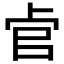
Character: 𱑖